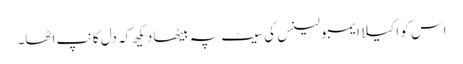
اس کو اکیلا ایمبولینس کی سیٹ پہ بیٹھا دیکھ کہ دل کانپ اٹھا۔